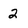
Character: 2